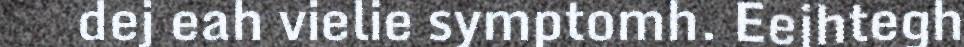
dej eah vielie symptomh. Eejhtegh